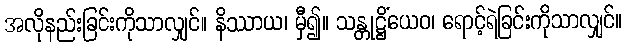
အလိုနည်းခြင်းကိုသာလျှင်။ နိဿာယ၊ မှီ၍။ သန္တုဋ္ဌိံယေဝ၊ ရောင့်ရဲခြင်းကိုသာလျှင်။